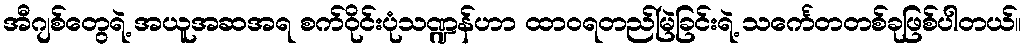
အီဂျစ်တွေရဲ့ အယူအဆအရ စက်ဝိုင်းပုံသဏ္ဍန်ဟာ ထာဝရတည်မြဲခြင်းရဲ့ သင်္ကေတတစ်ခုဖြစ်ပါတယ်။